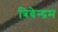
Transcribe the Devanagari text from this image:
त्रिवेन्‍द्रम